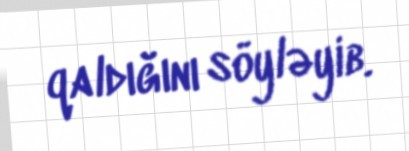
qaldığını söyləyib.